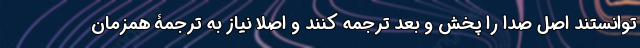
توانستند اصل صدا را پخش و بعد ترجمه کنند و اصلاً نیاز به ترجمۀ همزمان